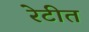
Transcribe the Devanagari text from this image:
रेटीत